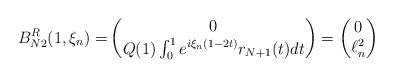
\begin{align*}B_{N2}^R(1,\xi_n)=&\begin{pmatrix}0\\Q(1)\int_0^1 e^{i\xi_n(1-2t)}r_{N+1}(t)dt\end{pmatrix} = \begin{pmatrix}0\\\ell^2_n\end{pmatrix}\end{align*}